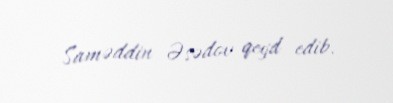
Saməddin Əsədov qeyd edib.